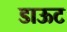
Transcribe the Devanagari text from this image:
डाऊट